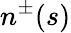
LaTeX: n^{\pm}(s)